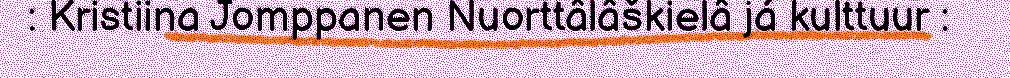
: Kristiina Jomppanen Nuorttâlâškielâ já kulttuur :